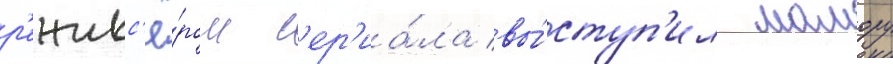
р'ежисс'ё́ром с'ер'иа́ла вы́ступ'ил мамору